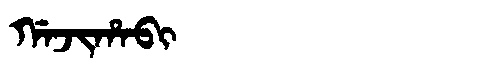
Manchu: ᡤᠠᠵᡳᡥᠠᠪᡳ
Romanization: GAJIHABI